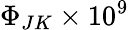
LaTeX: \Phi_{JK}\times 10^{9}